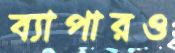
ব্যাপারও